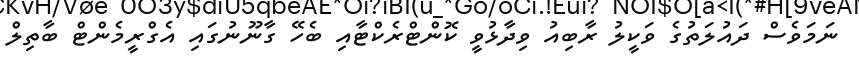
ނަމަވެސް ދައުލަތުގެ ވަކީލު ރާބިއު ވިދާޅުވީ ކޮންޓްރެކްޓާއި ބެހޭ ގާނޫނުގައި އެގްރީމެންޓް ބާތިލް